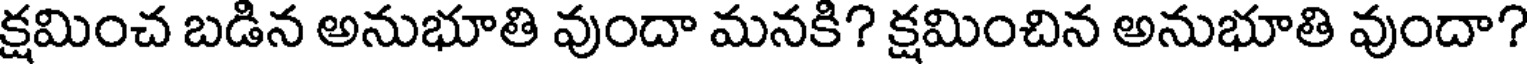
క్షమించ బడిన అనుభూతి వుందా మనకి? క్షమించిన అనుభూతి వుందా?